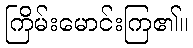
ကြိမ်းမောင်းကြ၏။